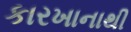
કારખાનાથી